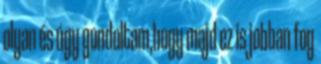
olyan és úgy gondoltam,hogy majd ez is jobban fog